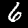
Digit: 6